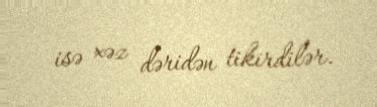
isə xəz dəridən tikirdilər.